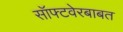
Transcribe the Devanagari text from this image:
सॉफ्टवेरबाबत